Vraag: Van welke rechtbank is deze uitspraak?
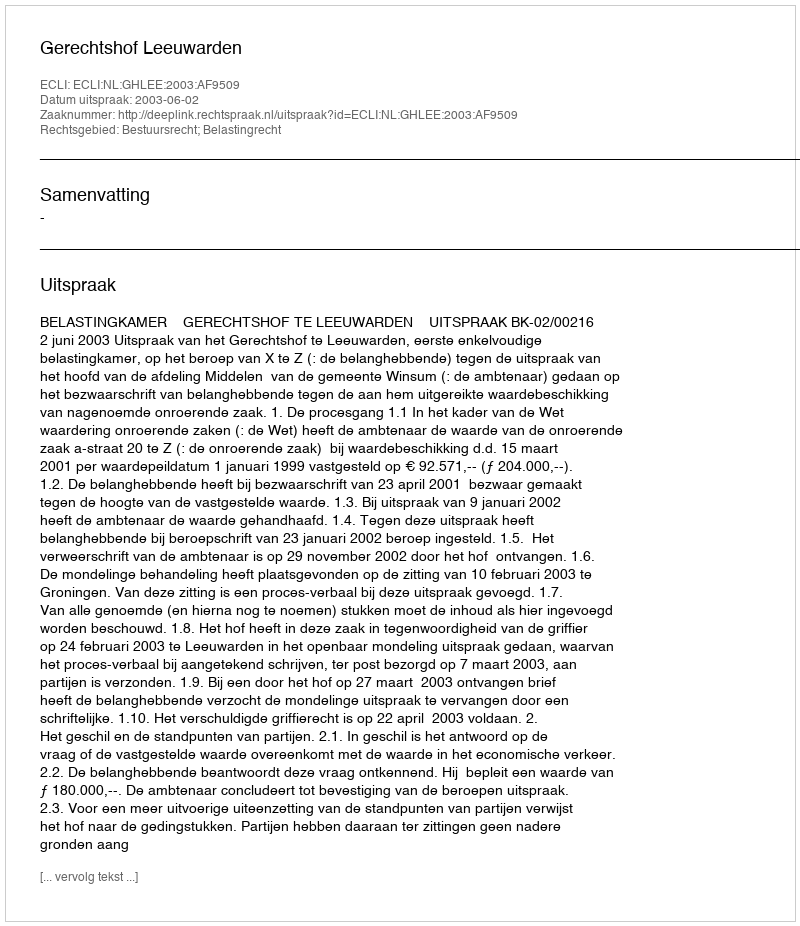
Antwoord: Gerechtshof Leeuwarden